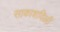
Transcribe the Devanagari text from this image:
साकाशविली